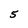
Character: 5